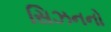
સિઝનનો